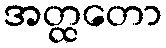
အတ္ထတော